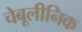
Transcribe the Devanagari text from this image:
चेबूलीनिक